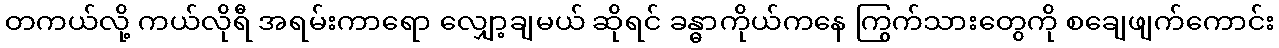
တကယ်လို့ ကယ်လိုရီ အရမ်းကာရော လျှော့ချမယ် ဆိုရင် ခန္ဓာကိုယ်ကနေ ကြွက်သားတွေကို စချေဖျက်ကောင်း